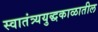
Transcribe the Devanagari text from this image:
स्वातंत्र्ययुद्धकाळातील